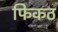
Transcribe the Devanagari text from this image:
फिकठ